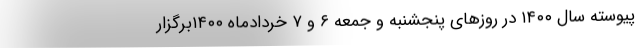
پیوسته سال ۱۴۰۰ در روزهای پنجشنبه و جمعه ۶ و ۷ خردادماه ۱۴۰۰برگزار